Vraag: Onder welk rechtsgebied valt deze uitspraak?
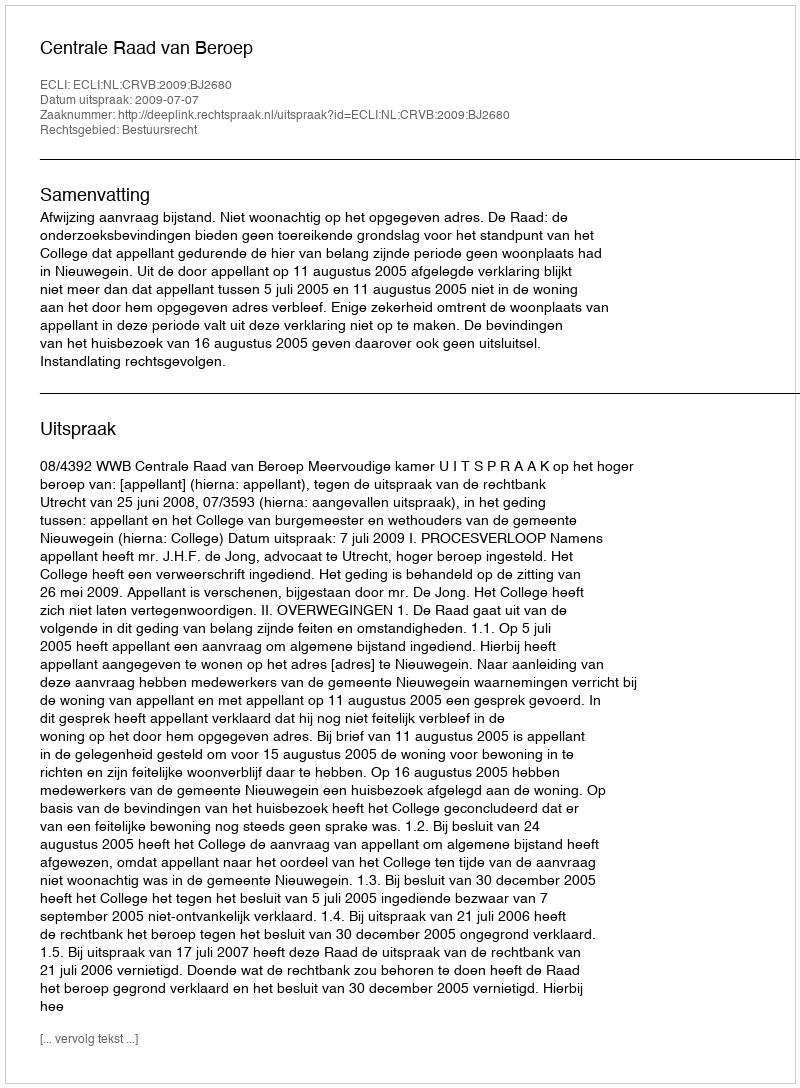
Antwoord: Bestuursrecht